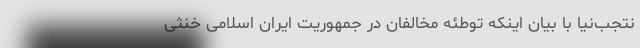
نتجب‌نیا با بیان اینکه توطئه مخالفان در جمهوریت ایران اسلامی خنثی